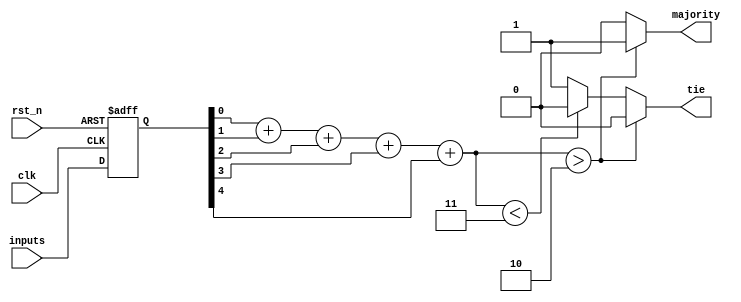
module MajorityVotingDetector (
    input wire clk,                // Clock signal
    input wire rst_n,              // Active low reset
    input wire [4:0] inputs,       // 5 input signals (0 or 1)
    output reg majority,           // Majority output (0 or 1)
    output reg tie                // Tie indicator (1 if tie, 0 otherwise)
);

    // Memory blocks to store input values
    reg [4:0] memory;              // 5 memory blocks (1 bit each)

    // Voting logic
    wire [2:0] count;              // Count of 1s in the memory
    integer i;

    // Count the number of 1s in the memory
    assign count = memory[0] + memory[1] + memory[2] + memory[3] + memory[4];

    // Majority voting logic
    always @(*) begin
        if (count > 2) begin
            majority = 1;           // More than half are 1s
            tie = 0;                // No tie
        end else if (count < 3) begin
            majority = 0;           // More than half are 0s
            tie = 0;                // No tie
        end else begin
            majority = 0;           // Default to 0 in case of tie
            tie = 1;                // Tie occurred
        end
    end

    // Memory block operation
    always @(posedge clk or negedge rst_n) begin
        if (!rst_n) begin
            memory <= 5'b00000;     // Initialize memory to 0 on reset
        end else begin
            memory <= inputs;       // Store inputs in memory on clock edge
        end
    end

endmodule